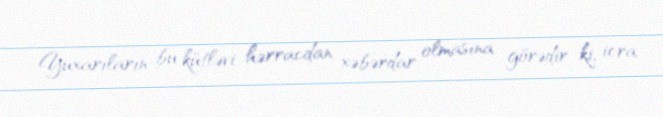
Yuxarıların bu kütləvi hərracdan xəbərdar olmasına görədir ki, icra